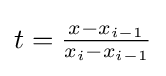
t={\tfrac {x-x_{i-1}}{x_{i}-x_{i-1}}}